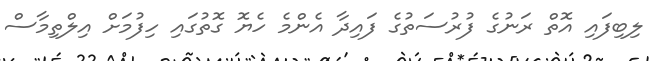
ލިބިފައި އޮތް ރަނުގެ ފުރުސަތުގެ ފައިދާ އެންމެ ހެޔޮ ގޮތުގައި ހިފުމަށް އިލްތިމާސް